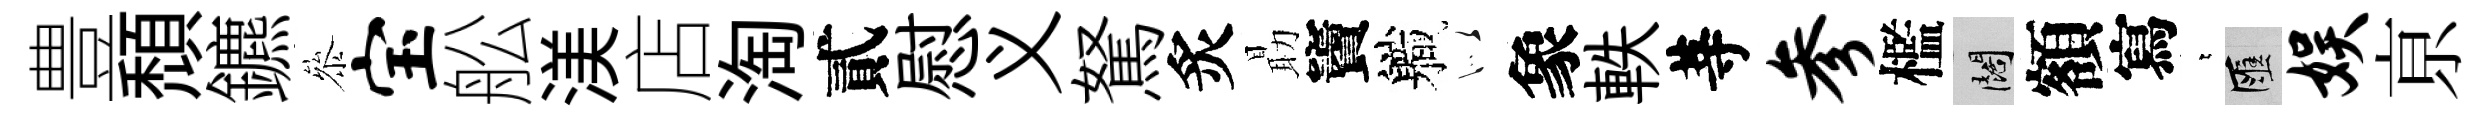
豊頹鑣叅宝舩渼店淘貳慰义駑炙朂竇軄似象軼䓁参檻闊額寫萋匯娱亰